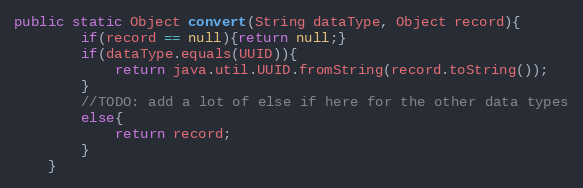
Language: Java
public static Object convert(String dataType, Object record){
		if(record == null){return null;}
		if(dataType.equals(UUID)){
			return java.util.UUID.fromString(record.toString());
		}
		//TODO: add a lot of else if here for the other data types
		else{
			return record;
		}
	}